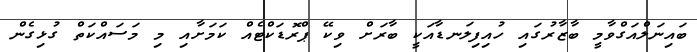
ބައިނަލްއަގްވާމީ ބާޒާރުގައި ހުއިފިލަނޑާއަކީ ބާރަށް ވިކޭ ޕްރޮޑަކްޓެއް ކަމަށާއި މި މަސައްކަތް ގުޅިގެން